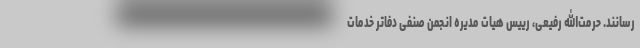
‌رسانند. حرمت‌الله رفیعی، رییس هیات مدیره انجمن صنفی دفاتر خدمات